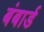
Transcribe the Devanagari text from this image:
बंबार्ड